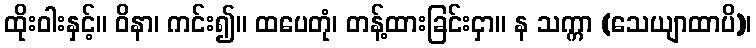
ထိုးဝါးနှင့်။ ဝိနာ၊ ကင်း၍။ ထပေတုံ၊ တန့်ထားခြင်းငှာ။ န သက္ကာ (သေယျာထာပိ)၊